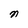
Character: n